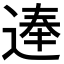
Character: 𨔐